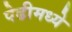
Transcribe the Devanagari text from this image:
पेढीमध्ये